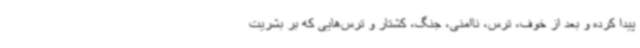
پیدا کرده و بعد از خوف، ترس، ناامنی، جنگ، کشتار و ترس‌هایی که بر بشریت